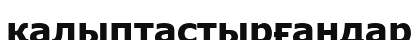
қалыптастырғандар